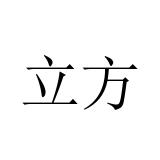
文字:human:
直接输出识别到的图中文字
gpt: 立方